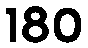
180